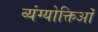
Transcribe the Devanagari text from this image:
व्यंग्योक्तिओं